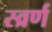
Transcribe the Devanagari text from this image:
स्व्रर्ण